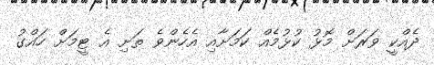
ދެއްކީ ވަރަށް މޮޅު ކުޅުމެއް ކަމަށާއި އެހެންވެ ތަށި އެ ޓީމަށް ހައްގު